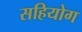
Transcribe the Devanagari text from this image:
सहियोग